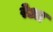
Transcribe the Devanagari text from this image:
रेआ